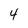
Character: 4